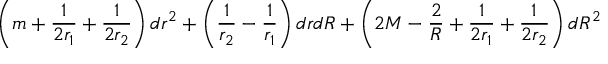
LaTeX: \left( m + \frac { 1 } { 2 r _ { 1 } } + \frac { 1 } { 2 r _ { 2 } } \right) d r ^ { 2 } + \left( \frac { 1 } { r _ { 2 } } - \frac { 1 } { r _ { 1 } } \right) d r d R + \left( 2 M - \frac { 2 } { R } + \frac { 1 } { 2 r _ { 1 } } + \frac { 1 } { 2 r _ { 2 } } \right) d R ^ { 2 }